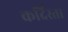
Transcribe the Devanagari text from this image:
कर्दिस्ता